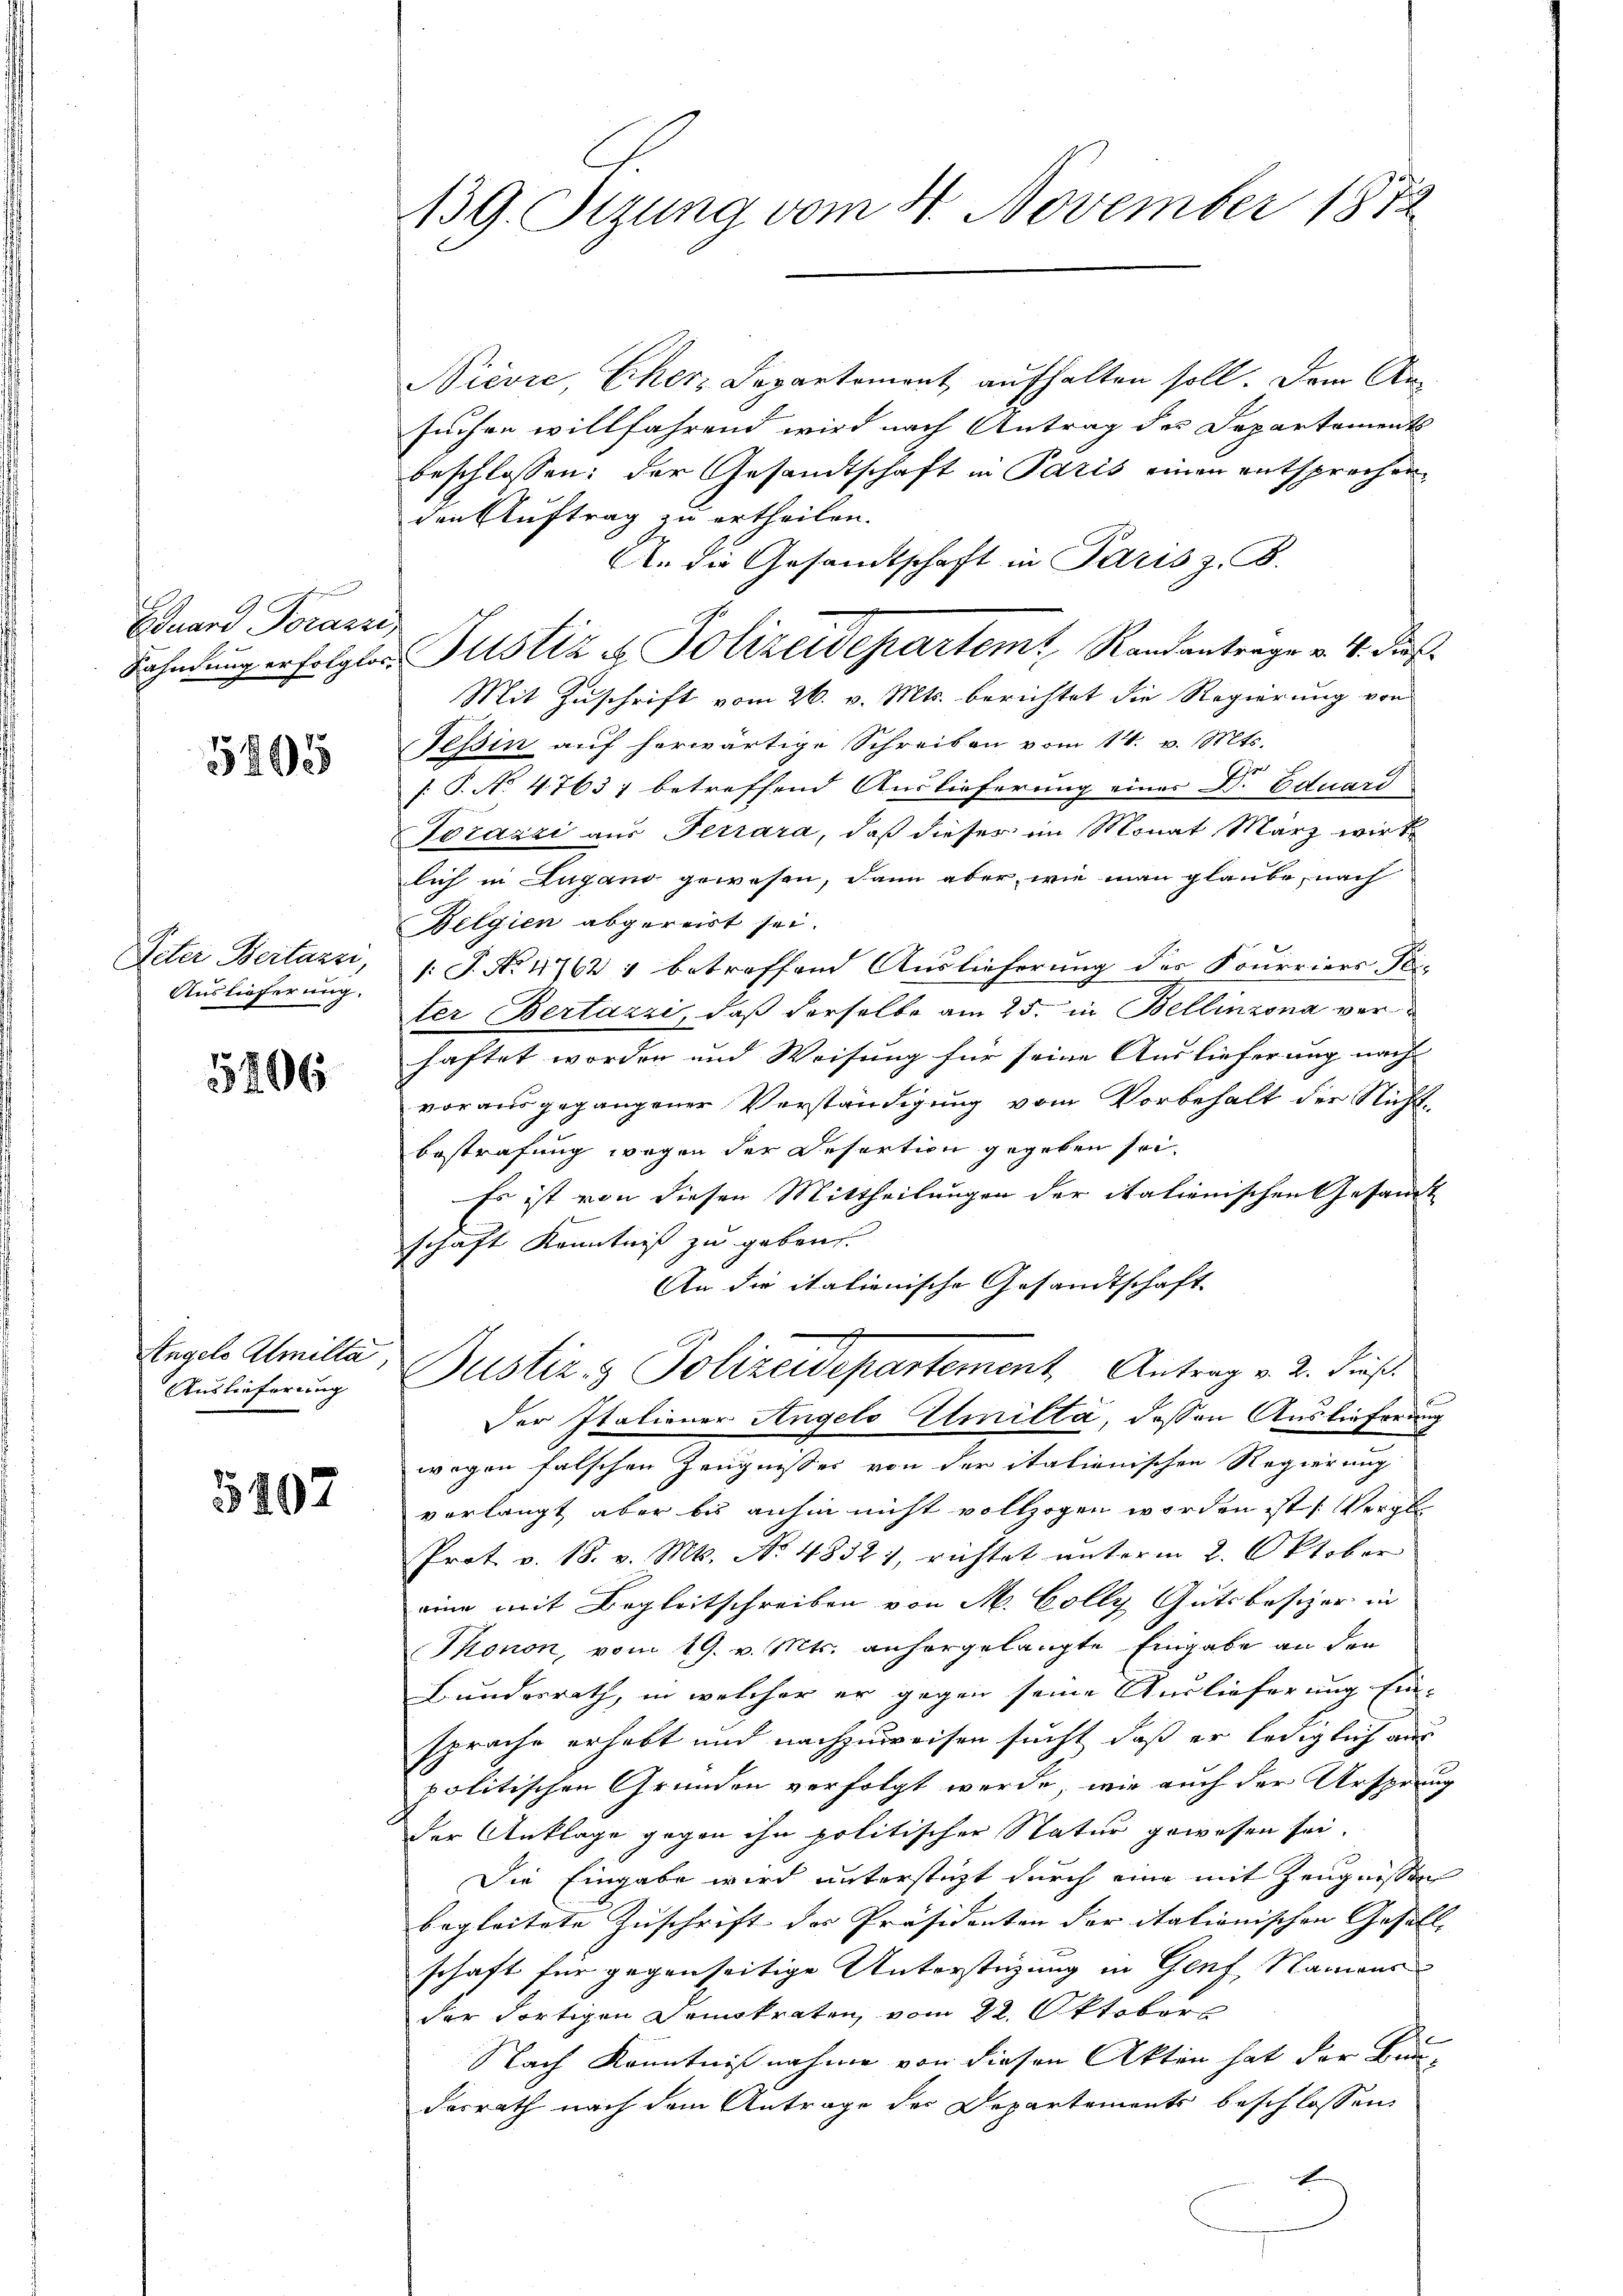
Buard Forderin

5495

Peter Bertuzzi,
Auslieferung.

5406

Angels Almilta,
Auslieferung

402

139. Stzung vom 4. November 1872

Nievie, Cher-Departement aufhalten soll. Dem Ansuchen willfahrend wird nach Antrag des Departaments
beschlossen: der Gesandtschaft in Paris einen entsprechen
den Auftrag zu ertheilen.
An die Gesandtschaft in Paris z. B.
Mit Zuschrift vom 26. v. Mts. berichtet die Regierung von
Tessin auf herwärtige Schreiben vom 14. v. Mts.
[: P. No 47637 betreffend Auslieferung eines Dr. Eduard
Torazzi aus Terrara, daß dieser im Monat März wirk
lich in Lugano gewesen, dann aber, wie man glaube, nach
Belgien abgereist sei.
1: J. No 4762 & betreffend Auslieferung der Fourriers To-
ter Bertazzi, daß derselbe am 25. in Bellinzona verhaftet worden und Weisung für seine Auslieferung nach
vorausgegangener Verständigung vom Vorbehalt der Nichtbestrafung wegen der Resertion gegeben sei,
Es ist von diesen Mittheilungen der italienischen Gesamt
schaft Kenntniß zu geben.
An die italienische Gesandtschaft
Justiz & Polizeidepartement. Antrag v. 2. dieß.
Der Italiener Angelo Ulmilta, dessen Auslieferung
wegen falschen Zeugnisses von der italienischen Regierung
vorlangt aber bis anhin nicht vollzogen worden ist Vergl
Prot. v. 18. v. Mts. No. 48321, richtet unterm 2. Oktober
eine mit Begleitschreiben von M. Colly Gutsbesizer in
Thonon, vom 19. v. Mts. anhergelangte Eingabe an den
Bunderrath, in welcher er gegen seine Auslieferung Ein-
sprache erhebt und nachzuweisen sucht, daß er lediglich aus
politischen Gründen verfolgt werde, wie auch der Ursprung
der Anklage gegen ihn politischer Natur gewesen sei.
Die Eingabe wird unterstüzt durch eine mit Zeugnissen
begleitete Zuschrift der Präsidenten der itationischen Gesell- |
schaft für gegenseitige Unterstüzung in Genf, Namens
der Fortigen Demokraten vom 22. Oktober
Nach Kenntnißnahme von diesen Akten hat der Bau-
desrath nach dem Antrage der Departements beschlossen
E

Bahndung erfolgter Justiz & Polizeidepartemt, Randantrage v. 4. dies